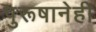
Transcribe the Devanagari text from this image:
पुरूषानेही